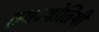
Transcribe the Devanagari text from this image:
ठगज्योतिषी